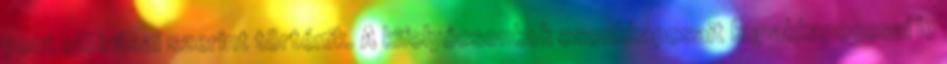
pont elõírásai szerint történik. A kifolyócsonkok csonkkapcsait kupakkapoccsal le